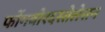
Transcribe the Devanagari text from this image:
फोंगवोरदस्तेलेसन